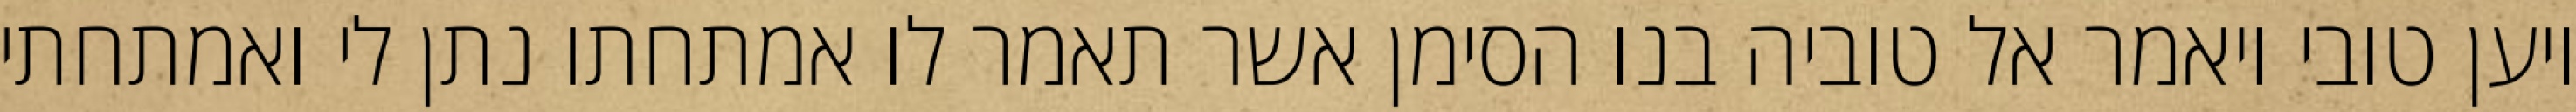
ויען טובי ויאמר אל טוביה בנו הסימן אשר תאמר לו אמתחתו נתן לי ואמתחתי